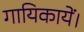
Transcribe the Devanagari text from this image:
गायिकायें।